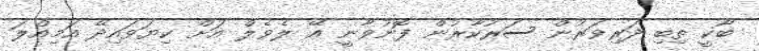
ބާކީ ތިބި ދަރިވަރުން ސަރުކާރުން ފޮނުވާނީ އޭ ލެވެލް އަށް ކިޔަވައިދޭ އަމިއްލަ